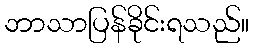
ဘာသာပြန်ခိုင်းရသည်။